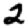
Digit: 2